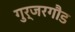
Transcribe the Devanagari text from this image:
गुर्जरगौड